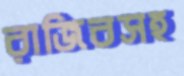
রাজিবসহ